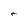
Character: r